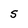
Character: S